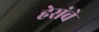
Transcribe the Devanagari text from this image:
हेरांचे